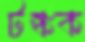
টঙ্কক